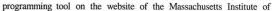
programming lool on the website of the Massnchusetts Institule of